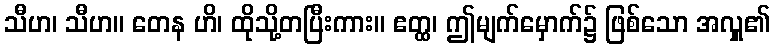
သီဟ၊ သီဟ။ တေန ဟိ၊ ထိုသို့တပြီးကား။ ဧတ္ထ၊ ဤမျက်မှောက်၌ ဖြစ်သော အလှူ၏